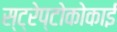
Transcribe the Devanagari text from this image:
स्ट्रेप्टोकोकाई